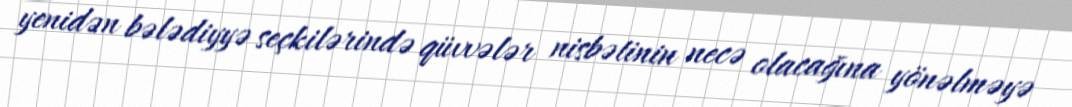
yenidən bələdiyyə seçkilərində qüvvələr nisbətinin necə olacağına yönəlməyə